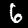
Digit: 6